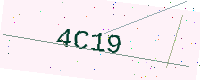
Text: 4C19